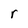
Character: r